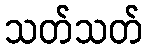
သတ်သတ်